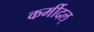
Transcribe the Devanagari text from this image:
कर्मीदल्